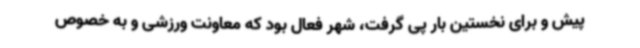
پیش و برای نخستین بار پی گرفت، شهر فعال بود که معاونت ورزشی و به خصوص